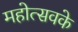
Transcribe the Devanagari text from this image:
महोत्सवके